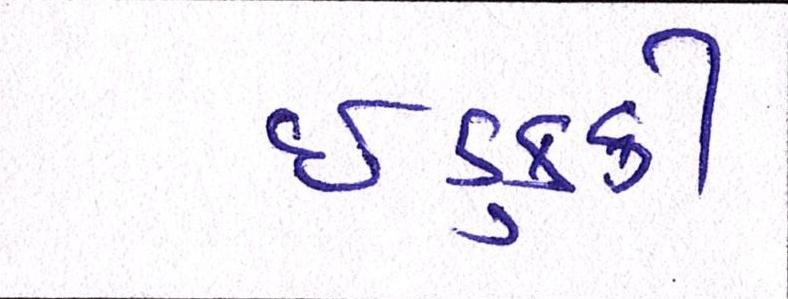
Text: ઈડુક્કી